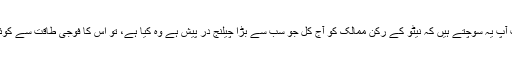
کیوں کہ جب آپ یہ سوچتے ہیں کہ نیٹو کے رکن ممالک کو آج کل جو سب سے بڑا چیلنج در پیش ہے وہ کیا ہے، تو اس کا فوجی طاقت سے کوئی تعلق نہیں۔